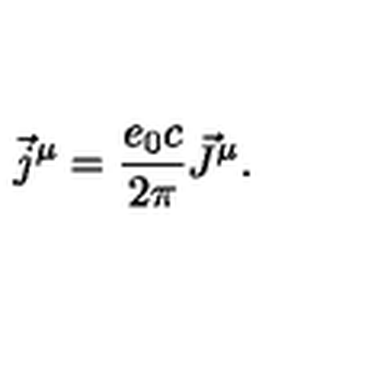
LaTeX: \vec { j } ^ { \mu } = \frac { e _ { 0 } c } { 2 \pi } \vec { J } ^ { \mu } .